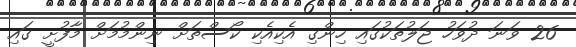
26 ވަނަ ދުވަހު ޖަލުތަކުގައި ހިންގި އެކިއެކި ކޯސްތަށް ނިންމުމަށް މާފުށީ ގައި